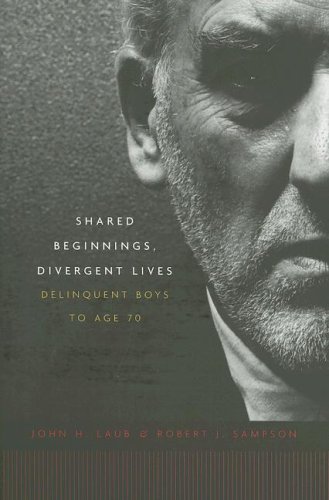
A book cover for Shared Beginnings, Divergent Lives: Delinquent Boys to Age 70; John H. Laub; Politics & Social Sciences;